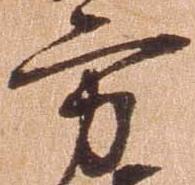
方